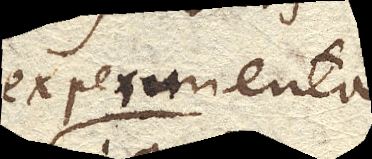
experimenta